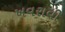
ખવરાવી